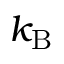
k _ { \mathrm { B } }